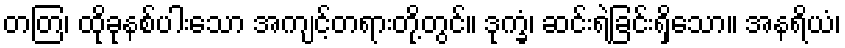
တတြ၊ ထိုခုနစ်ပါးသော အကျင့်တရားတို့တွင်။ ဒုက္ခံ၊ ဆင်းရဲခြင်းရှိသော။ အနရိယံ၊